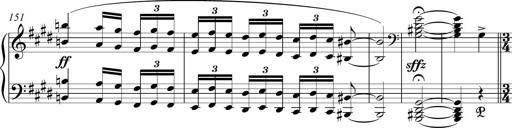
Title: Funeral March and Sonatina
Composer: Thomas Hellemans
Key: C-sharp minor